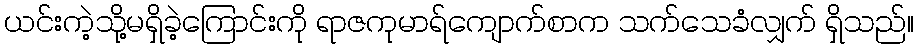
ယင်းကဲ့သို့မရှိခဲ့ကြောင်းကို ရာဇကုမာရ်ကျောက်စာက သက်သေခံလျှက် ရှိသည်။